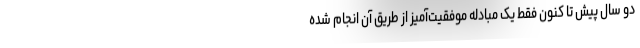
دو سال پیش تا کنون فقط یک مبادله موفقیت‌آمیز از طریق آن انجام شده